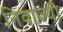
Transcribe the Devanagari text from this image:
निवाज्यौ